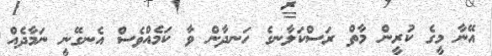
އޭނާ މީގެ ކުރީން މާތް ރަސްކަލާނގެ ހަނދާން ވާ ކަމެއްވެސް އެނގޭނީ ނަމާދެއް